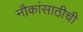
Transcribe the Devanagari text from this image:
नौकांसाठीची